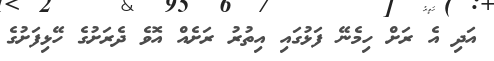
އަދި އެ ރަށް ހިމެނޭ ފަޅުގައި އިތުރު ރަށެއް އޮވެ ދެރަށުގެ ހޭޅިފަށުގެ